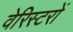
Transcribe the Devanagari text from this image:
वेरिस्टरों